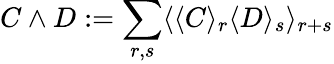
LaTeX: C\wedge D:=\sum_{r,s}\langle\langle C\rangle_{r}\langle D\rangle_{s}\rangle_{r+s}